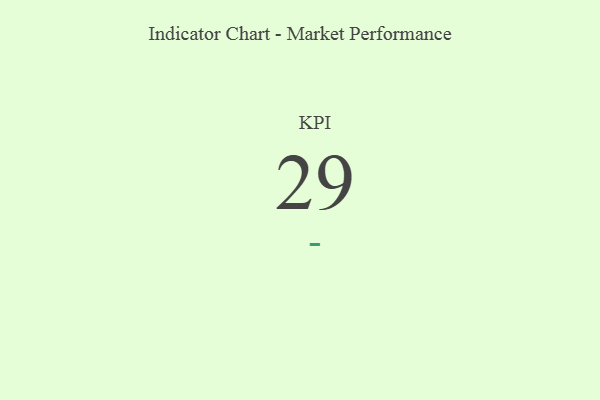
{"axis": {"x": "KPI", "y": "Value"}, "legend": [""], "data": [{"x": "KPI", "y": 29, "type": ""}]}